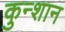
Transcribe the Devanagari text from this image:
कुन्शान